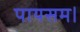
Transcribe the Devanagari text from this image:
पायसम।